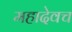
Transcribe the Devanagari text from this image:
महादेवच